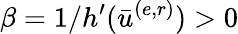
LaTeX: \beta=1/h^{\prime}(\bar{u}^{(e,r)})>0